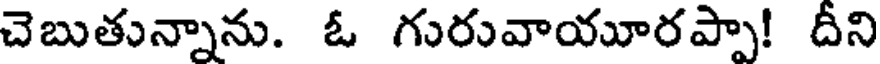
చెబుతున్నాను. ఓ గురువాయూరప్పా! దీని